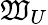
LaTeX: \mathfrak{W}_{U}